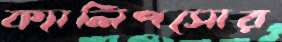
ক্যালিপসোর